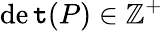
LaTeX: \operatorname*{de\mathtt{t}}(P)\in\mathbb{{Z}}^{+}